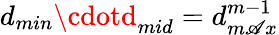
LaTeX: d_{min}\cdotd_{mid}=d_{m\mathscr{A}x}^{m-1}